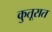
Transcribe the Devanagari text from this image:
कुतूरात